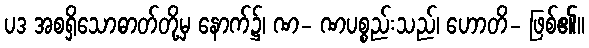
ပဒ အစရှိသောဓာတ်တို့မှ နောက်၌၊ ဏ- ဏပစ္စည်းသည်၊ ဟောတိ- ဖြစ်၏။